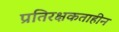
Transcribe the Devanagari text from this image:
प्रतिरक्षकताहीन